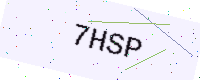
Text: 7HSP